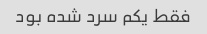
فقط یکم سرد شده بود